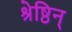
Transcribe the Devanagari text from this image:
श्रेष्ठिन्